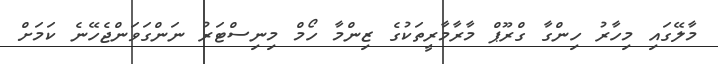
މާލޭގައި މިހާރު ހިންގާ ގްރޫޕް މާރާމާރީތަކުގެ ޒިންމާ ހޯމް މިނިސްޓަރު ނަންގަވަންޖެހޭނެ ކަމަށް